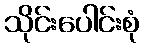
သိုင်းပေါင်းစုံ